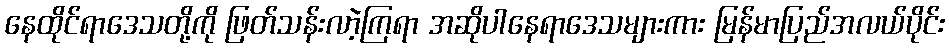
နေထိုင်ရာဒေသတို့ကို ဖြတ်သန်းလာဲ့ကြရာ အဆိုပါနေရာဒေသများကား မြန်မာပြည်အလယ်ပိုင်း